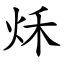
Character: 秌